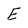
Character: E